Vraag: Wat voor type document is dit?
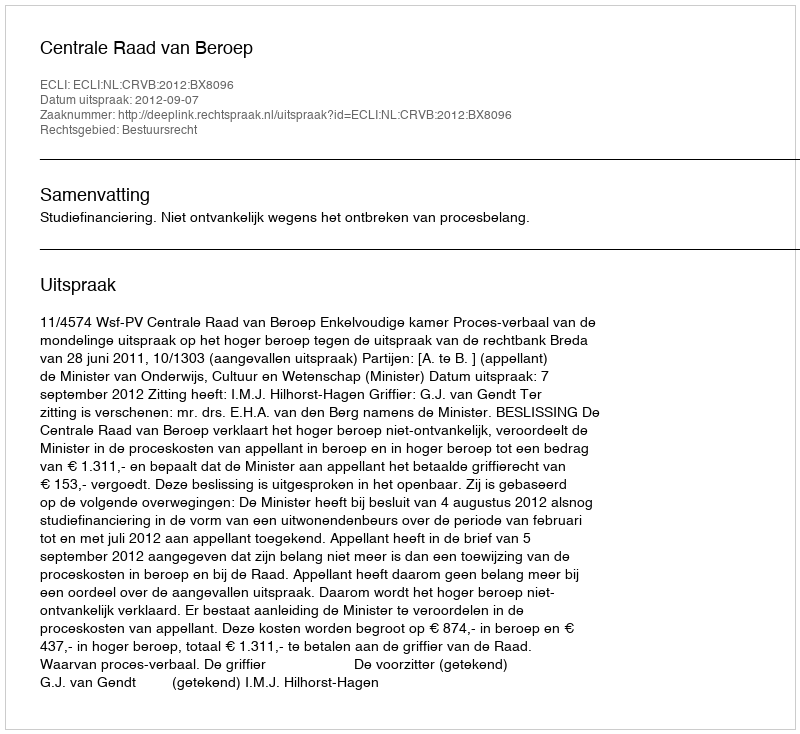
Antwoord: Uitspraak